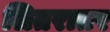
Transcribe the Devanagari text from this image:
लितरातर